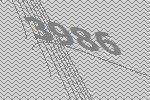
3986